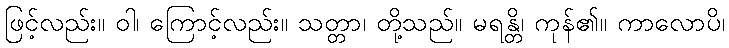
ဖြင့်လည်း။ ဝါ၊ ကြောင့်လည်း။ သတ္တာ၊ တို့သည်။ မရန္တိ၊ ကုန်၏။ ကာလောပိ၊